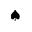
\spadesuit